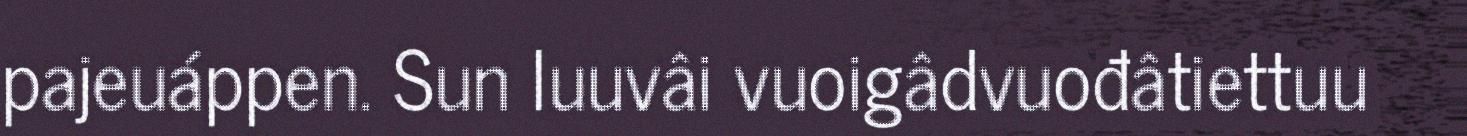
pajeuáppen. Sun luuvâi vuoigâdvuođâtiettuu